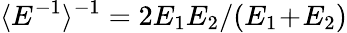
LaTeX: \langle E^{-1}\rangle^{-1}=2E_{1}E_{2}/(E_{1}\! +\! E_{2})